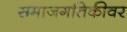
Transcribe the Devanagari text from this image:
समाजगतिकीवर